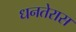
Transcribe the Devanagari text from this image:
धनतेरास